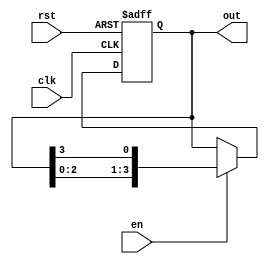
module Ring_Counter_with_Enable(
    input clk,
    input rst,
    input en,
    output reg [3:0] out
);

reg [3:0] counter;

always @(posedge clk or posedge rst) begin
    if (rst) begin
        counter <= 4'b0001;
    end else if (en) begin
        counter <= {counter[2:0], counter[3]};
    end
end

assign out = counter;

endmodule